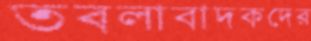
তবলাবাদকদের